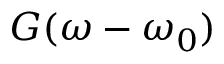
G ( \omega - \omega _ { 0 } )